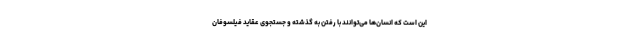
این است که انسان‌ها می‌توانند با رفتن به گذشته و جستجوی عقاید فیلسوفان